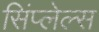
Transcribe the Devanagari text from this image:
सिंप्लेल्स